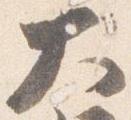
大